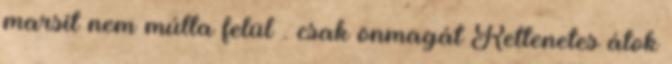
marsit nem múlta felül . csak önmagát Rettenetes átok